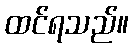
ထင်ရသည်။